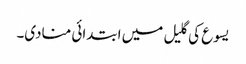
یسوع کی گلیل میں ابتدائی منادی۔